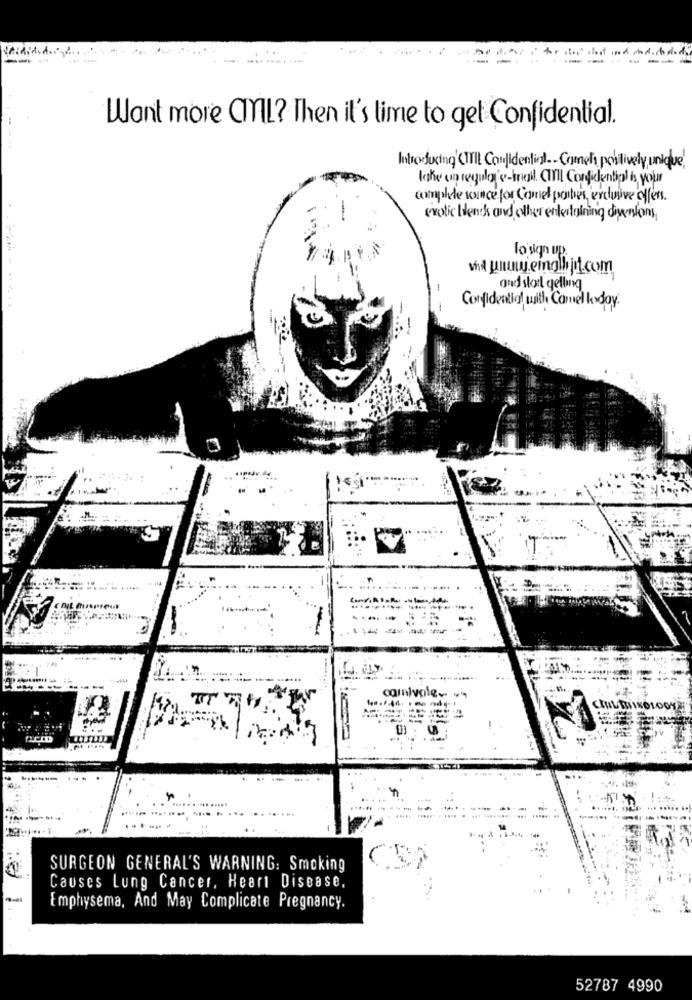
2. 1.
Want more CIVIL? Then it's time to get Confidential.
Introducing(TIL Confidential .- Comet positively unique
lake on regulare-mail. CIVIL Confidential is your
complde source for Camel portes, exclusive offen.
exotic blendks and other entertaining diversions,
gud stort gelling
Confidential with Camel lodoy.
----
.... ...... .....
SURGEON GENERAL'S WARNING: Smoking
Causes Lung Cancer, Heart Disease,
Emphysema, And May Complicate Pregnancy.
52787 4990